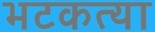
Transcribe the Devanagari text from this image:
भटकत्या